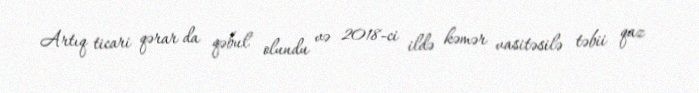
Artıq ticari qərar da qəbul olundu və 2018-ci ildə kəmər vasitəsilə təbii qaz